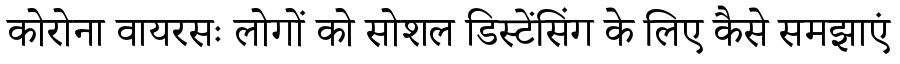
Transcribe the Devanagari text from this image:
कोरोना वायरसः लोगों को सोशल डिस्टेंसिंग के लिए कैसे समझाएं